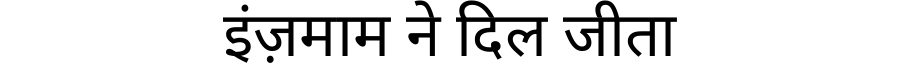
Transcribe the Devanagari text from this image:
इंज़माम ने दिल जीता